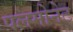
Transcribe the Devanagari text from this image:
पलमोनेट